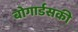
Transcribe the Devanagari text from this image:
बोगार्डसकी